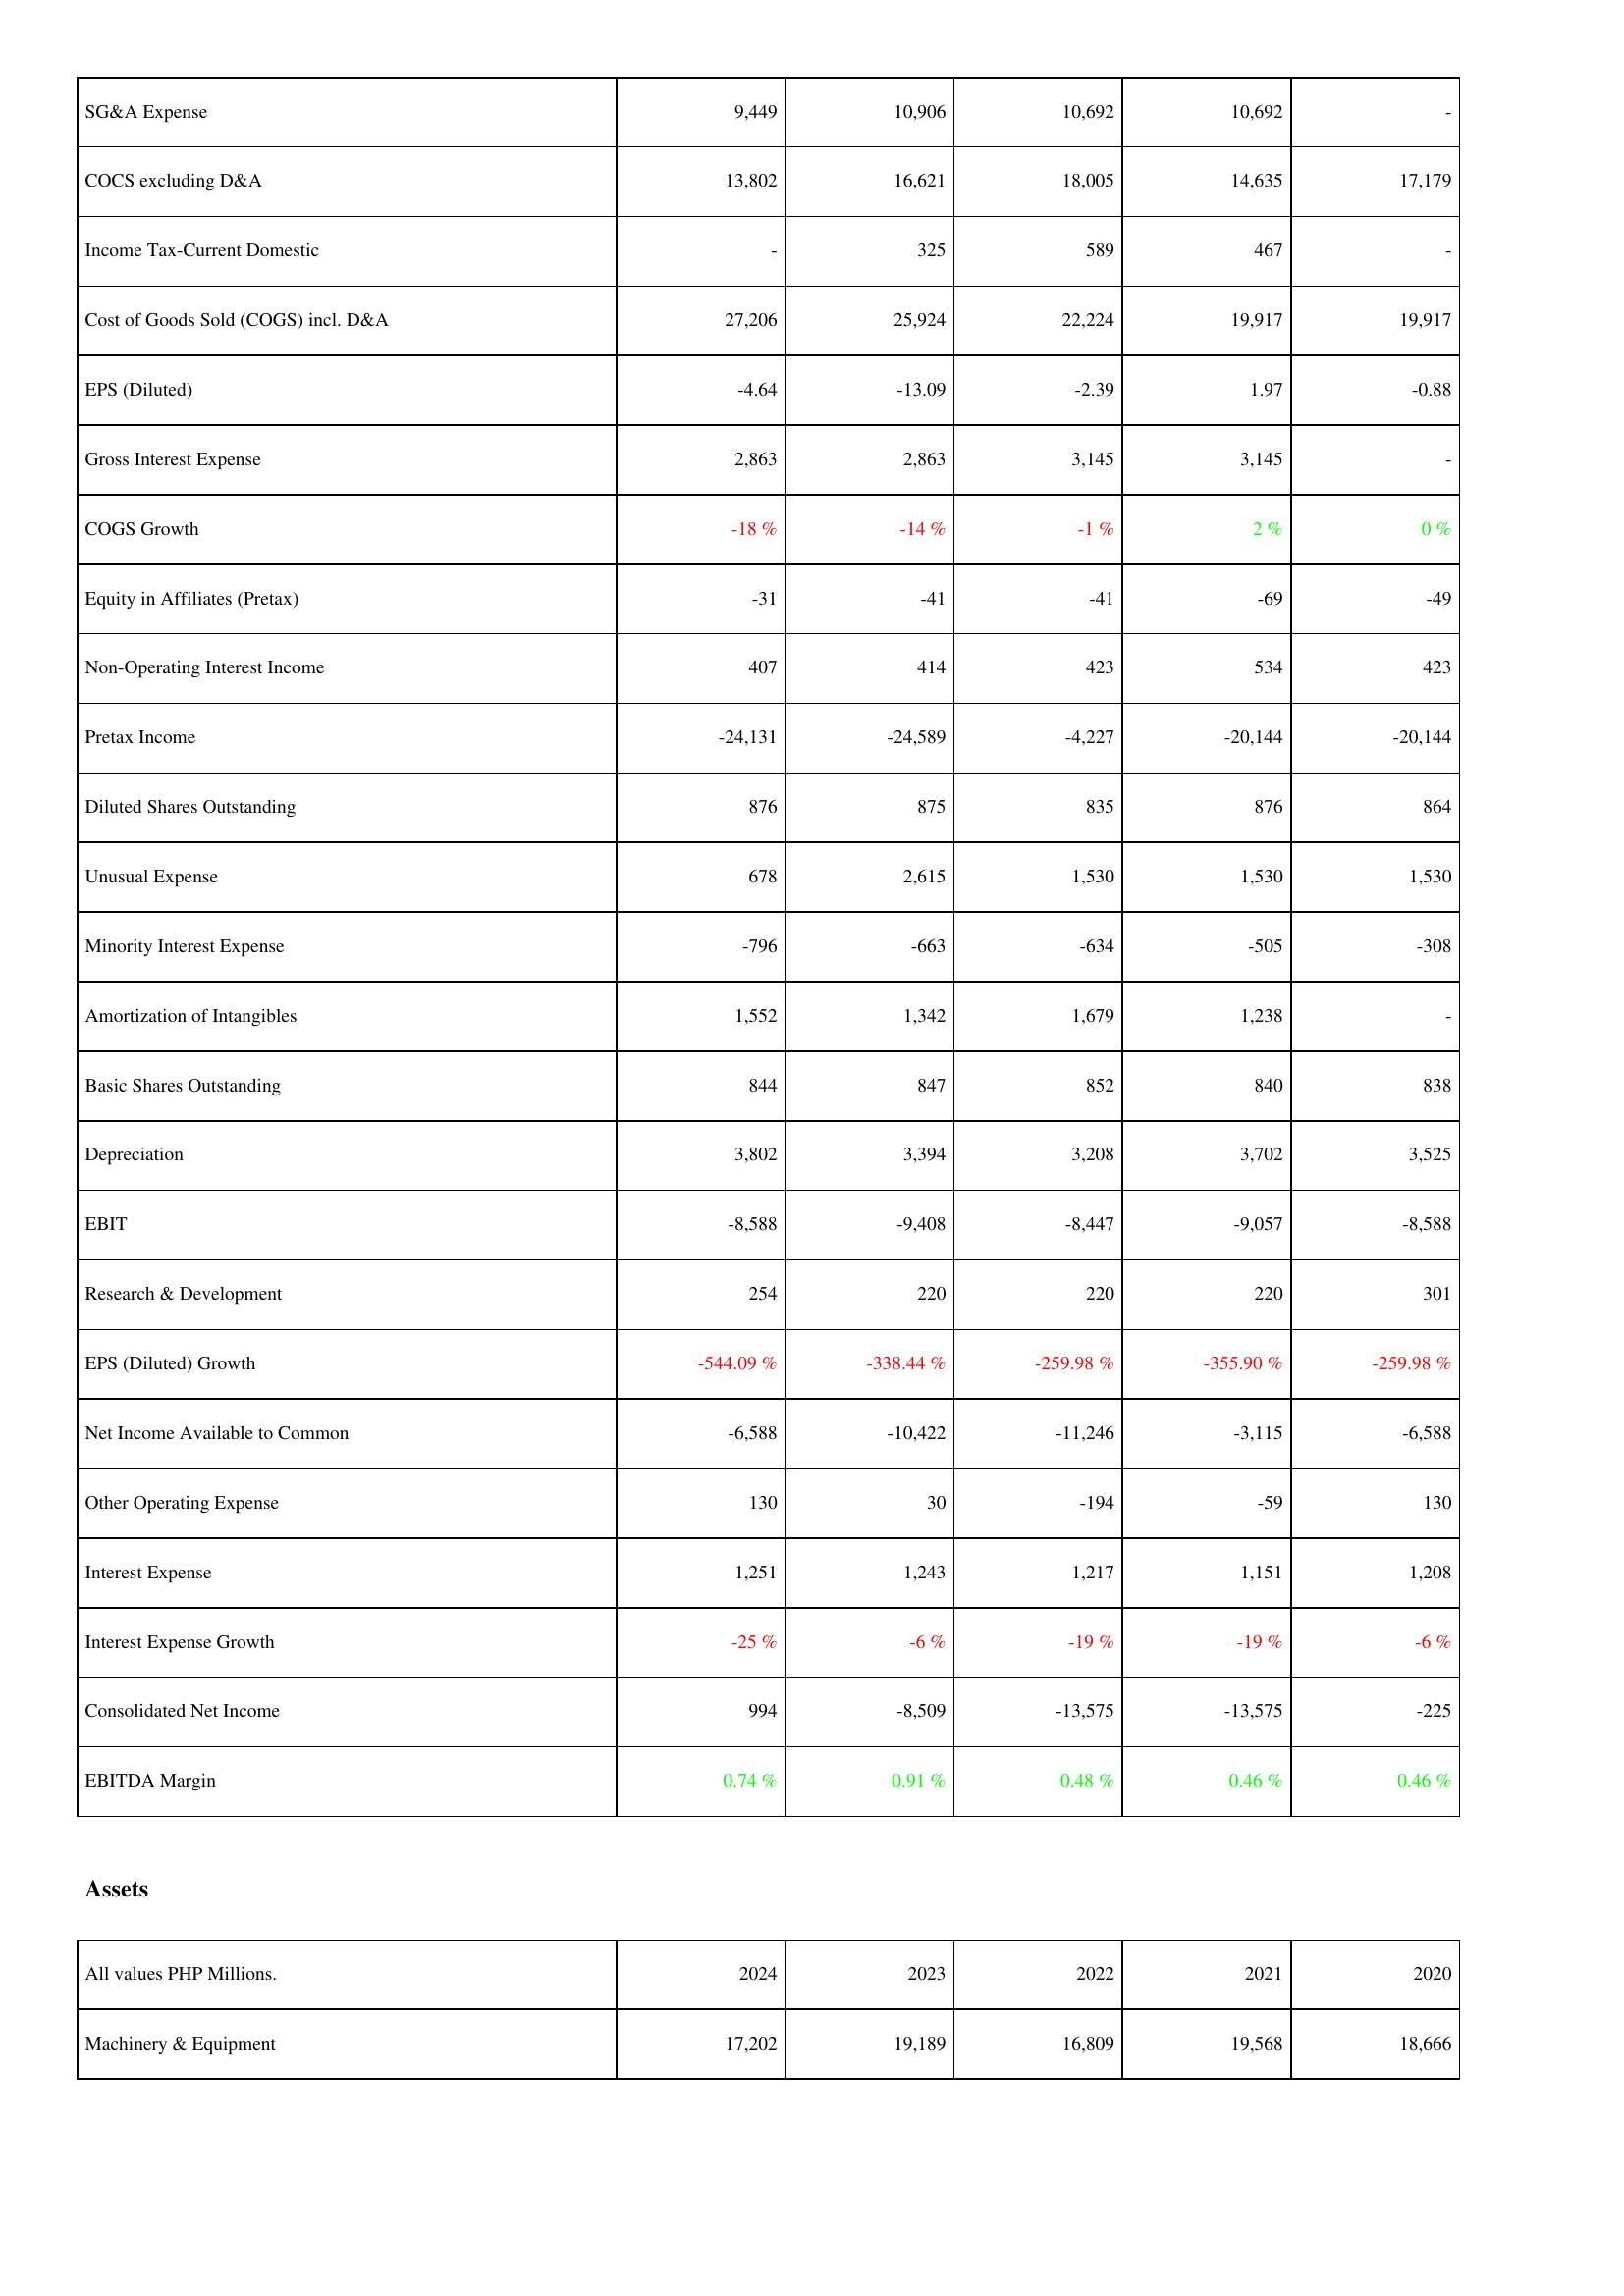
2024: Income Statement: SG&A Expense: 9,449
COCS excluding D&A: 13,802
Income Tax-Current Domestic: -
Cost of Goods Sold (COGS) incl. D&A: 27,206
EPS (Diluted): -4.64
Gross Interest Expense: 2,863
COGS Growth: -18 %
Equity in Affiliates (Pretax): -31
Non-Operating Interest Income: 407
Pretax Income: -24,131
Diluted Shares Outstanding: 876
Unusual Expense: 678
Minority Interest Expense: -796
Amortization of Intangibles: 1,552
Basic Shares Outstanding: 844
Depreciation: 3,802
EBIT: -8,588
Research & Development: 254
EPS (Diluted) Growth: -544.09 %
Net Income Available to Common: -6,588
Other Operating Expense: 130
Interest Expense: 1,251
Interest Expense Growth: -25 %
Consolidated Net Income: 994
EBITDA Margin: 0.74 %
Assets: Machinery & Equipment: 17,202
2023: Income Statement: SG&A Expense: 10,906
COCS excluding D&A: 16,621
Income Tax-Current Domestic: 325
Cost of Goods Sold (COGS) incl. D&A: 25,924
EPS (Diluted): -13.09
Gross Interest Expense: 2,863
COGS Growth: -14 %
Equity in Affiliates (Pretax): -41
Non-Operating Interest Income: 414
Pretax Income: -24,589
Diluted Shares Outstanding: 875
Unusual Expense: 2,615
Minority Interest Expense: -663
Amortization of Intangibles: 1,342
Basic Shares Outstanding: 847
Depreciation: 3,394
EBIT: -9,408
Research & Development: 220
EPS (Diluted) Growth: -338.44 %
Net Income Available to Common: -10,422
Other Operating Expense: 30
Interest Expense: 1,243
Interest Expense Growth: -6 %
Consolidated Net Income: -8,509
EBITDA Margin: 0.91 %
Assets: Machinery & Equipment: 19,189
2022: Income Statement: SG&A Expense: 10,692
COCS excluding D&A: 18,005
Income Tax-Current Domestic: 589
Cost of Goods Sold (COGS) incl. D&A: 22,224
EPS (Diluted): -2.39
Gross Interest Expense: 3,145
COGS Growth: -1 %
Equity in Affiliates (Pretax): -41
Non-Operating Interest Income: 423
Pretax Income: -4,227
Diluted Shares Outstanding: 835
Unusual Expense: 1,530
Minority Interest Expense: -634
Amortization of Intangibles: 1,679
Basic Shares Outstanding: 852
Depreciation: 3,208
EBIT: -8,447
Research & Development: 220
EPS (Diluted) Growth: -259.98 %
Net Income Available to Common: -11,246
Other Operating Expense: -194
Interest Expense: 1,217
Interest Expense Growth: -19 %
Consolidated Net Income: -13,575
EBITDA Margin: 0.48 %
Assets: Machinery & Equipment: 16,809
2021: Income Statement: SG&A Expense: 10,692
COCS excluding D&A: 14,635
Income Tax-Current Domestic: 467
Cost of Goods Sold (COGS) incl. D&A: 19,917
EPS (Diluted): 1.97
Gross Interest Expense: 3,145
COGS Growth: 2 %
Equity in Affiliates (Pretax): -69
Non-Operating Interest Income: 534
Pretax Income: -20,144
Diluted Shares Outstanding: 876
Unusual Expense: 1,530
Minority Interest Expense: -505
Amortization of Intangibles: 1,238
Basic Shares Outstanding: 840
Depreciation: 3,702
EBIT: -9,057
Research & Development: 220
EPS (Diluted) Growth: -355.90 %
Net Income Available to Common: -3,115
Other Operating Expense: -59
Interest Expense: 1,151
Interest Expense Growth: -19 %
Consolidated Net Income: -13,575
EBITDA Margin: 0.46 %
Assets: Machinery & Equipment: 19,568
2020: Income Statement: SG&A Expense: -
COCS excluding D&A: 17,179
Income Tax-Current Domestic: -
Cost of Goods Sold (COGS) incl. D&A: 19,917
EPS (Diluted): -0.88
Gross Interest Expense: -
COGS Growth: 0 %
Equity in Affiliates (Pretax): -49
Non-Operating Interest Income: 423
Pretax Income: -20,144
Diluted Shares Outstanding: 864
Unusual Expense: 1,530
Minority Interest Expense: -308
Amortization of Intangibles: -
Basic Shares Outstanding: 838
Depreciation: 3,525
EBIT: -8,588
Research & Development: 301
EPS (Diluted) Growth: -259.98 %
Net Income Available to Common: -6,588
Other Operating Expense: 130
Interest Expense: 1,208
Interest Expense Growth: -6 %
Consolidated Net Income: -225
EBITDA Margin: 0.46 %
Assets: Machinery & Equipment: 18,666